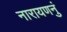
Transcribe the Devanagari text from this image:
नारायणनुं